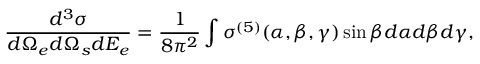
\frac { d ^ { 3 } \sigma } { d \Omega _ { e } d \Omega _ { s } d E _ { e } } = \frac { 1 } { 8 \pi ^ { 2 } } \int \sigma ^ { ( 5 ) } ( \alpha , \beta , \gamma ) \sin \beta d \alpha d \beta d \gamma ,